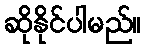
ဆိုနိုင်ပါမည်။